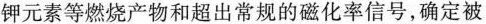
钾元素等燃烧产物和超出常规的磁化率信号，确定被